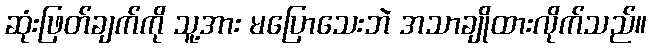
ဆုံးဖြတ်ချက်ကို သူ့အား မပြောသေးဘဲ အသာချိုထားလိုက်သည်။